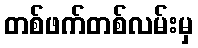
တစ်ဖက်တစ်လမ်းမှ